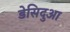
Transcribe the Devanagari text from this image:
डेसिदुआ